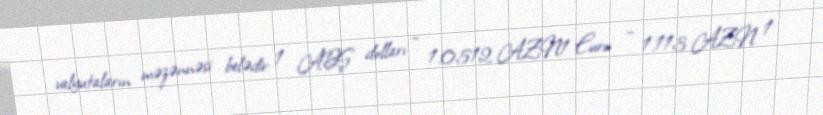
valyutaların məzənnəsi belədir: 1 ABŞ dolları – 1.0512 AZN1 Euro – 1.113 AZN 1